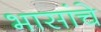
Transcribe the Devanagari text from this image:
भासांचे